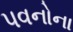
પવનોના